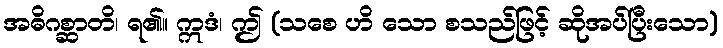
အဓိဂစ္ဆာတိ၊ ရ၏။ ဣဒံ၊ ဤ (သစေ ဟိ သော စသည်ဖြင့် ဆိုအပ်ပြီးသော)